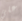
علي